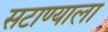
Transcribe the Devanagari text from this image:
सटाण्याला